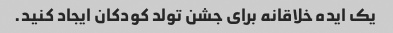
یک ایده خلاقانه برای جشن تولد کودکان ایجاد کنید.